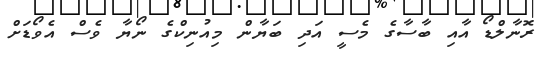
ރޮނާލްޑޯ އާއި ބާސާގެ މެސީ އަދި ބަޔާން މިއުނިކްގެ ނޯޔާ ވެސް އެވޯޑަށް